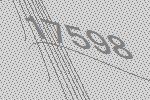
17598